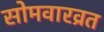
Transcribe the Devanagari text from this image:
सोमवारव्रत